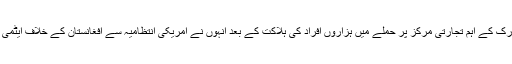
اخبار کے مطابق اسٹائنر نے جب القاعدہ اور اسامہ بن لادن کی جانب سے نیویارک کے اہم تجارتی مرکز پر حملے میں ہزاروں افراد کی ہلاکت کے بعد انہوں نے امریکی انتظامیہ سے افغانستان کے خلاف ایٹمی ہتھیاروں کے آپشن پر سوال کیا تو انہوں نے جواب دیا کہ تمام آپشن موجود ہیں۔